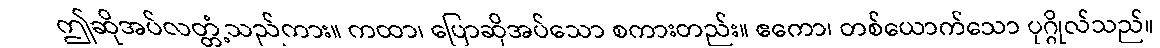
ဤဆိုအပ်လတ္တံ့သည်ကား။ ကထာ၊ ပြောဆိုအပ်သော စကားတည်း။ ဧကော၊ တစ်ယောက်သော ပုဂ္ဂိုလ်သည်။